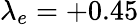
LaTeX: \lambda_{e}=+0.45